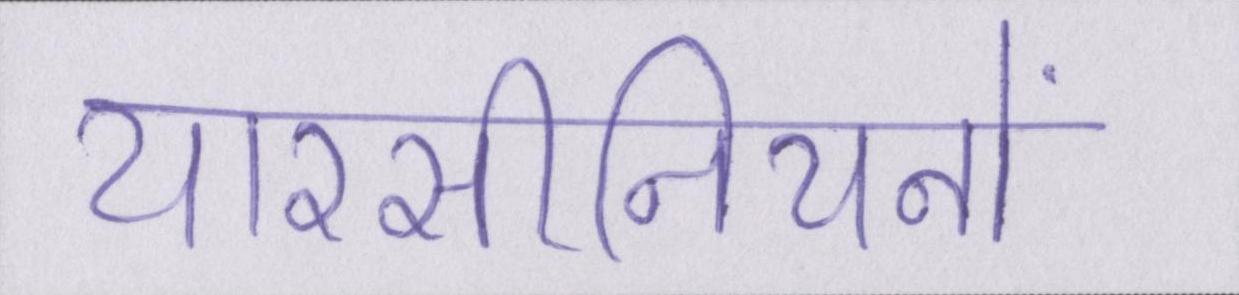
यारसीनियनों